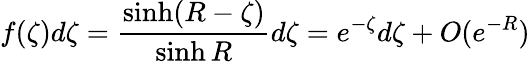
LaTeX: f(\zeta)d\zeta=\frac{\sinh(R-\zeta)}{\sinh R}d\zeta=e^{-\zeta}d\zeta+O(e^{-R})